Lunatic asylums Central Provinces reports 1910-1926 - 1910-1926
Year: 1910
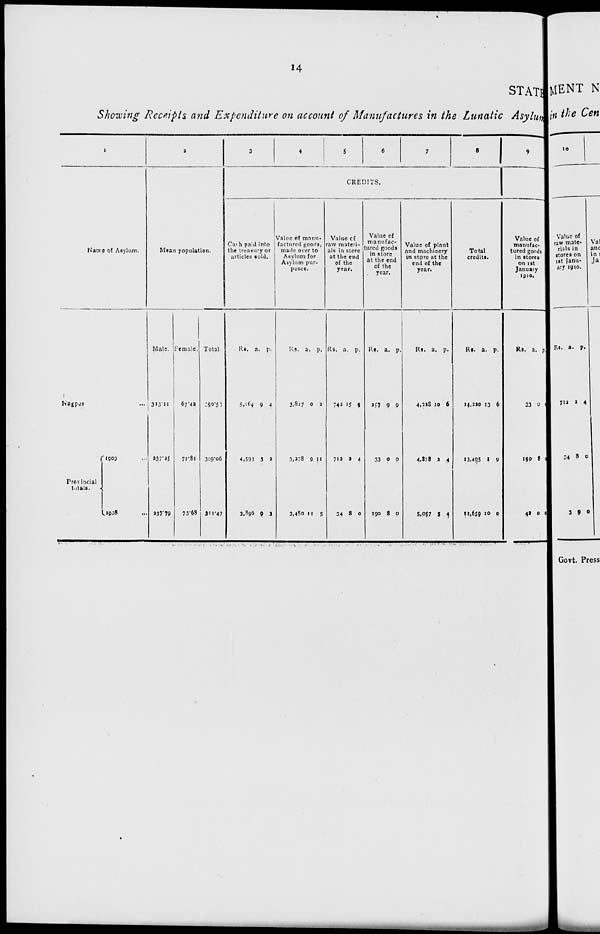
14
STATE
Showing Receipts and Expenditure on account of Manufactures in the Lunatic Asylum
1
Name of Asylum.
Nagpur ...
Provincial
totals.
1909 ...
1908 ...
2
Mean population.
Male.
323.11
237.25
237.79
Female.
67.42
71.81
73.63
Total
390.53
309.06
311.47
3
4
5
6
7
8
CREDITS.
Cash paid into
the treasury or
articles sold.
Rs.
5,164
4,593
3,896
a.
9
3
9
p.
4
2
3
Value of manu-
factured goods,
made over to
Asylum for
Asylum pur-
poses.
Rs.
3,827
3,278
3,480
a.
0
9
11
p.
2
11
5
Value of
raw materi-
als in store
at the end
of the
year.
Rs.
742
712
34
a.
15
2
8
p.
9
4
0
Value of
manufac-
tured goods
in store
at the end
of the
year.
Rs.
257
33
190
a.
9
0
8
p.
9
0
0
Value of plant
and machinery
in store at the
end of the
year.
Rs.
4,228
4,878
5,057
a.
10
2
5
p.
6
4
4
Total
credits.
Rs.
14,220
13,495
12,659
a.
13
1
10
p.
6
9
0
9
Value of
manufac-
tured goods
in stores
on 1st
January
1910.
Rs.
33
190
42
a.
0
8
0
p.
0
0
0